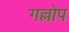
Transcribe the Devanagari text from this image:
गल्लोप